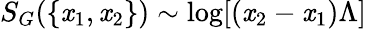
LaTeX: S_{G}(\{ \mathit{x}_{1},\mathit{x}_{2}\} )\sim\mathrm{{log}}[(\mathit{x}_{2}-\mathit{x}_{1})\Lambda]